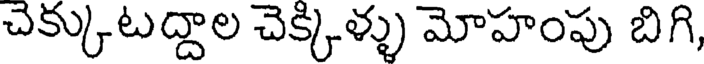
చెక్కుటద్దాల చెక్కిళ్ళు మోహంపు బిగి,